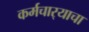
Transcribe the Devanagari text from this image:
कर्मचार्‍याचा